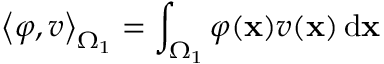
\left\langle \varphi , v \right\rangle _ { \Omega _ { 1 } } = \int _ { \Omega _ { 1 } } \varphi ( \mathbf { x } ) v ( \mathbf { x } ) \, \mathrm { d } \mathbf { x }